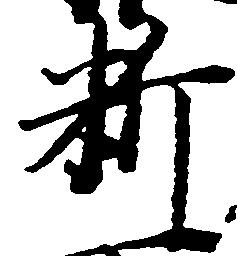
料